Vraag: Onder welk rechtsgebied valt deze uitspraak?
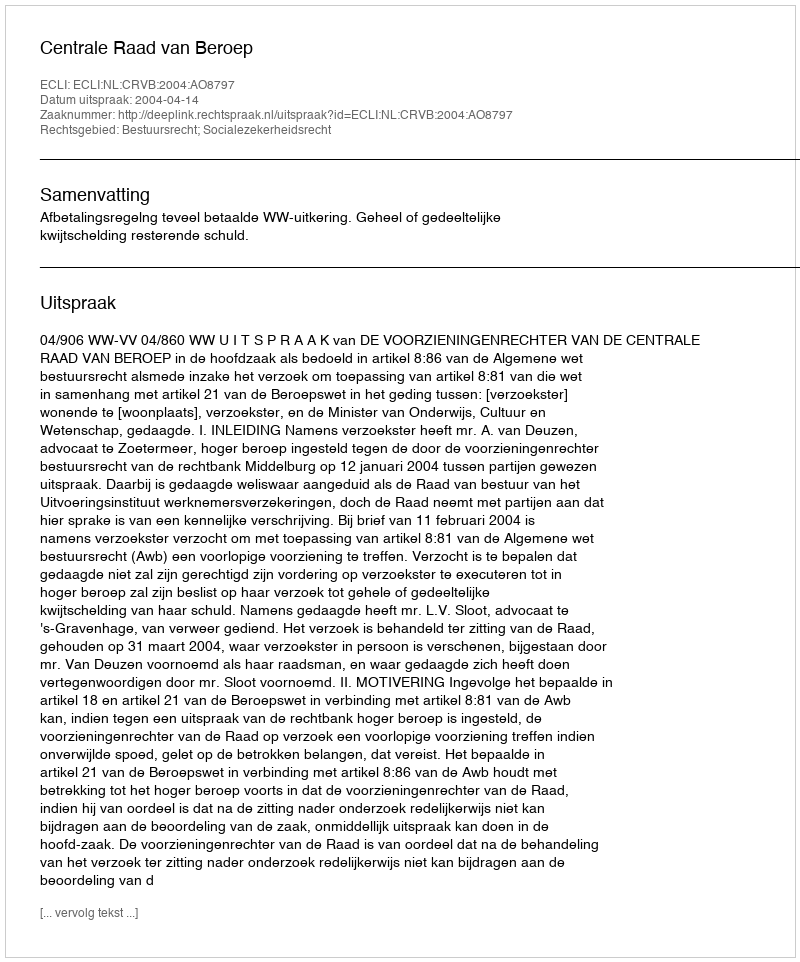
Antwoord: Bestuursrecht; Socialezekerheidsrecht